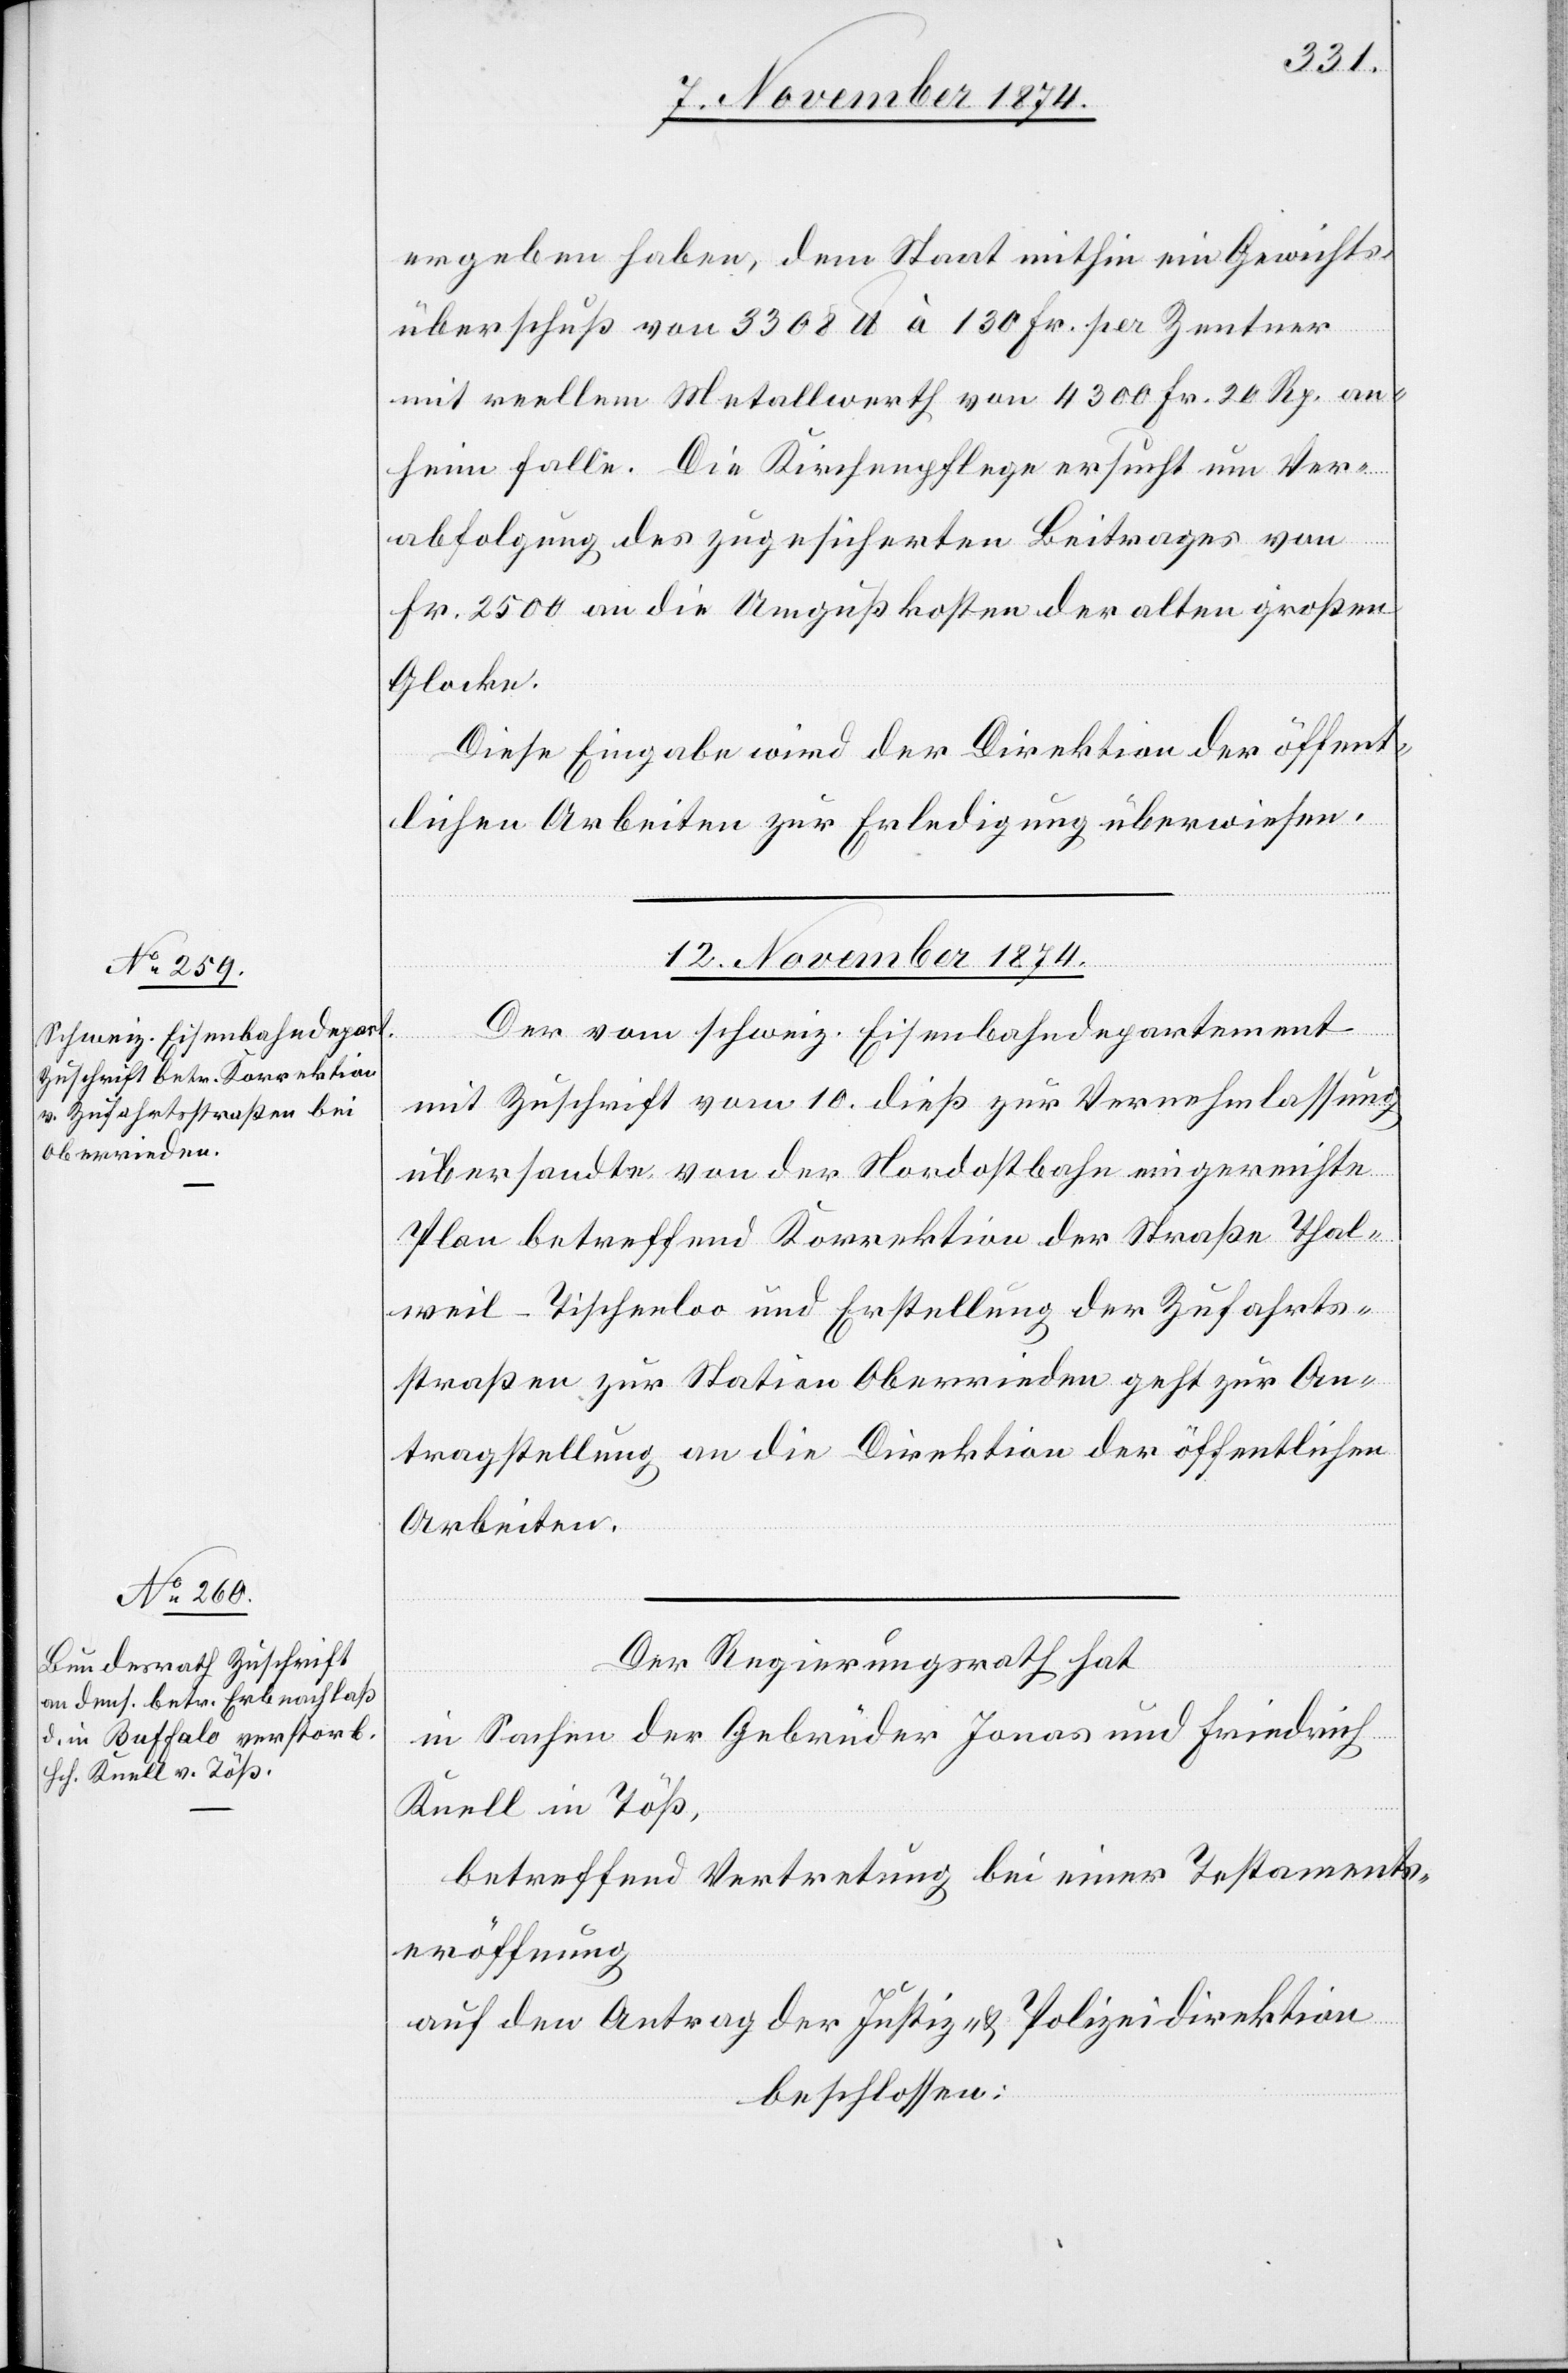
ergeben haben, dem Staat mithin ein Gewichts¬
überschuß von 3308 lb. à 130 Fr. per Zentner
mit reellem Metallwerth von 4300 Fr. 20 Rp. an¬
heim falle. Die Kirchenpflege ersucht um Ver¬
abfolgung des zugesicherten Beitrages von
Fr. 2500 an die Umgußkosten der alten großen
Glocken.
Diese Eingabe wird der Direktion der öffent¬
lichen Arbeiten zur Erledigung überwiesen.
12. November 1874.]
Der vom schweiz. Eisenbahndepartement
mit Zuschrift vom 10. dieß zur Vernehmlassung
übersandte von der Nordostbahn eingereichte
Plan betreffend Korrektion der Straße Thal¬
weil–Tischerloo und Erstellung der Zufahrts¬
straßen zur Station Oberrieden geht zur An¬
tragstellung an die Direktion der öffentlichen
Arbeiten.
Der Regierungsrath hat,
in Sachen der Gebrüder Jonas und Friedrich
Knell in Töß,
betreffend Vertretung bei einer Testaments¬
eröffnung
auf den Antrag der Justiz- & Polizeidirektion
beschlossen: